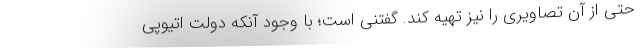
حتی از آن تصاویری را نیز تهیه کند. گفتنی است؛ با وجود آنکه دولت اتیوپی